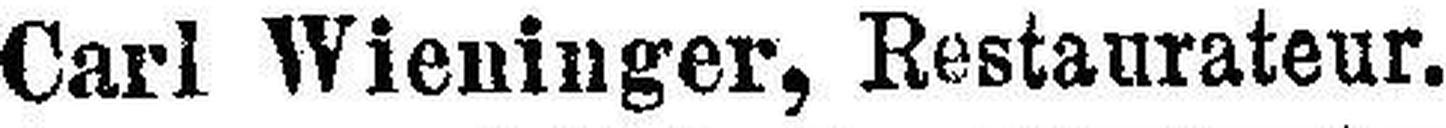
Carl Wieninger, Restaurateur.